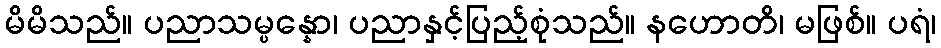
မိမိသည်။ ပညာသမ္ပန္နော၊ ပညာနှင့်ပြည့်စုံသည်။ နဟောတိ၊ မဖြစ်။ ပရံ၊